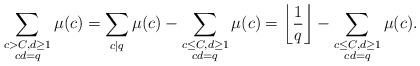
LaTeX: \begin{align*} \sum_{\substack{c>C, d \geq 1 \\ cd=q }} \mu(c) = \sum_{c|q}\mu(c) - \sum_{\substack{c\le C, d \geq 1 \\ cd=q }} \mu(c) = \left\lfloor \frac{1}{q} \right\rfloor - \sum_{\substack{c\le C, d \geq 1 \\ cd=q }} \mu(c).\end{align*}